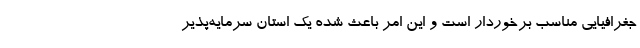
جغرافیایی مناسب برخوردار است و این امر باعث شده یک استان سرمایه‌پذیر